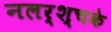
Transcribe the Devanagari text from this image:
नलर्श्चके